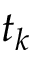
t _ { k }